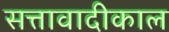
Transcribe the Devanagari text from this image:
सत्तावादीकाल